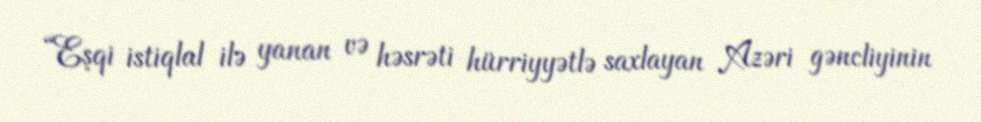
“Eşqi istiqlal ilə yanan və həsrəti hürriyyətlə saxlayan Azəri gəncliyinin